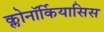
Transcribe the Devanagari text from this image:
क्लोनॉर्कियासिस